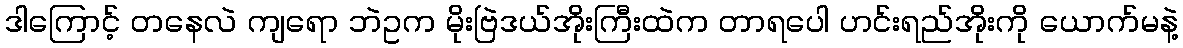
ဒါကြောင့် တနေလဲ ကျရော ဘဲဥက မိုးဗြဲဒယ်အိုးကြီးထဲက တာရပေါ ဟင်းရည်အိုးကို ယောက်မနဲ့